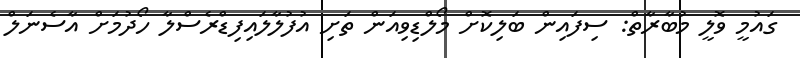
ގައުމީ ވޮލީ މުބާރާތް: ސިފައިން ބަލިކޮށް މޯލްޑިވިއަން ތަށި އުފުލާލައިފިޑްރެސްލާ ހޯދުމަށް އާސެނަލް